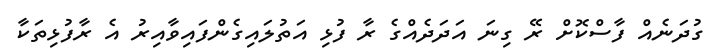
ގުދަނެއް ފާސްކޮށް ރޭ ގިނަ އަދަދެެއްގެ ރާ ފުޅި އަތުލައިގެންފައިވާއިރު އެ ރާފުޅިތަކާ